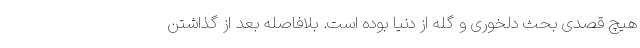
هیچ قصدی بحث دلخوری و گله از دنیا بوده است. بلافاصله بعد از گذاشتن